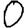
Digit: 0